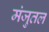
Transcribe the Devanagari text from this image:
मंजुतल